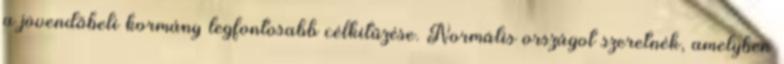
a jövendőbeli kormány legfontosabb célkitűzése. Normális országot szeretnék, amelyben